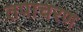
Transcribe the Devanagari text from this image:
तपाचरण